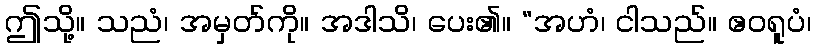
ဤသို့။ သညံ၊ အမှတ်ကို။ အဒါသိ၊ ပေး၏။ “အဟံ၊ ငါသည်။ ဧဝရူပံ၊